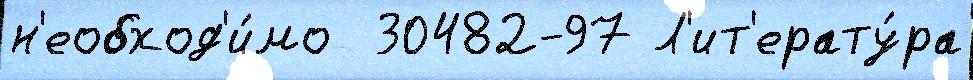
н'еобход'и́мо  30482-97 Л'ит'ерату́ра